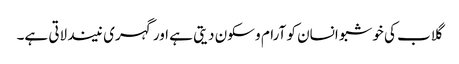
گلاب کی خوشبو انسان کو آرام و سکون دیتی ہے اور گہری نیند لاتی ہے۔